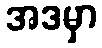
အဒမှာ